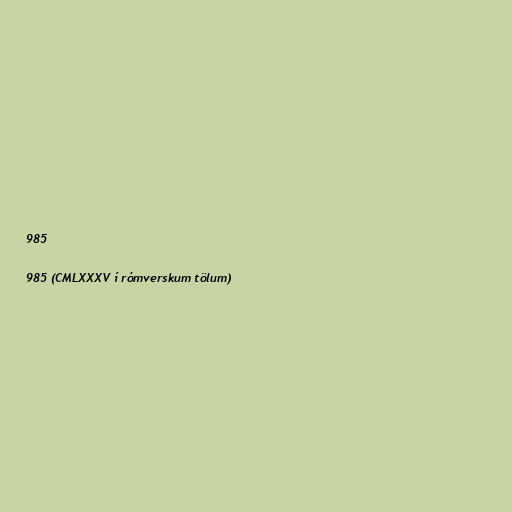
985

985 (CMLXXXV í rómverskum tölum)